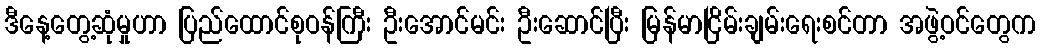
ဒီနေ့တွေ့ဆုံမှုဟာ ပြည်ထောင်စုဝန်ကြီး ဦးအောင်မင်း ဦးဆောင်ပြီး မြန်မာငြိမ်းချမ်းရေးစင်တာ အဖွဲ့ဝင်တွေက